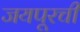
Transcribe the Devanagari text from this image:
जयपूरची